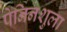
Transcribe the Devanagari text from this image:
पेनिनशुला